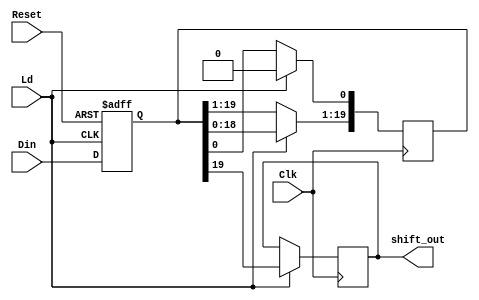
`timescale 1ns / 1ps
module LSR_16(input Clk, Reset , Ld,
    input [19:0] Din,
    output reg shift_out);
    reg [19:0] shift_data;
    always @(posedge Reset or posedge Ld)
    begin
        if(Reset)
            shift_data = 20'b0;
        else if(Ld)
            shift_data = Din[19:0];
    end
    always @(negedge Clk)
    if(Ld)
    begin
        shift_out <= shift_data[19];
        shift_data[19:1]<= shift_data[18:0];
        shift_data[0]<= 1'b0;
    end

endmodule